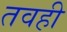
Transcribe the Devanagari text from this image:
तवही